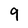
Character: 9